Annual vaccination report of Bihar and Orissa - 1911-1928
Year: 1911
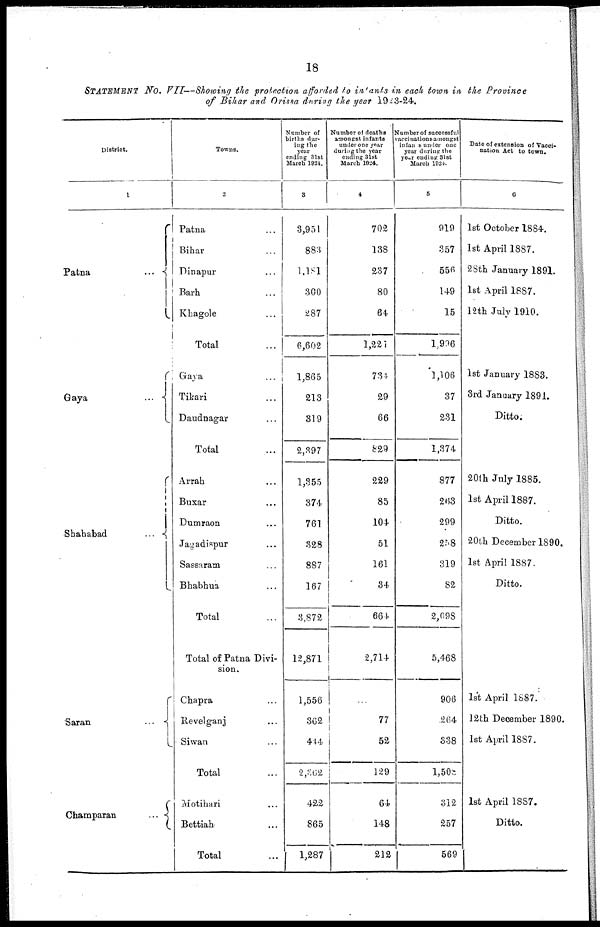
18
STATEMENT NO. VII—Showing the protection afforded to intants in each town in the Province
of Bihar and Orissa during the year 1923-24.
District.
1
Patna ...
Gaya
...
Shahabad
...
Saran ...
Champaran
...
Towns.
2
Patna ...
Bihar ...
Dinapur ...
Barh ...
Khagole ...
Total ...
Gaya ...
Tikari ...
Daudnagar ...
Total ...
Arrah ...
Buxar ...
Dumraon ...
Jagadispur ...
Sassaram ...
Bhabhua ...
Total ...
Total of Patna Divi-
sion.
Chapra ...
Revelganj ...
Siwan ...
Total ...
Motihari ...
Bettiah ...
Total ...
Number of
births dur-
ing the
year
ending 31st
March 1921.
3
3,951
883
1,181
300
287
6,602
1,865
213
319
2,397
1,355
374
761
328
887
167
3,872
12,871
1,556
362
444
2,362
422
865
1,287
Number of deaths
amongst infants
under one year
during the year
ending 31st
March 1924.
4
702
138
237
80
64
1,221
734
29
66
829
229
85
104
51
161
34
664
2,714
...
77
52
129
64
148
212
Number of successful
vaccinations amongst
infants under one
year during the
year ending 31st
March 1924.
5
919
357
556
149
15
1,996
1,106
37
231
1,374
877
263
299
258
319
82
2,098
5,468
906
264
338
l,508
312
257
569
Date of extension of Vacci-
nation Act to town.
6
1st October 1884.
1st April 1887.
28th January 1891.
1st April 1887.
12th July 1910.
1st January 1883.
3rd January 1891.
Ditto.
20th July 1885.
1st April 1887.
Ditto.
20th December 1890.
1st April 1887.
Ditto.
1st April 1887.
12th December 1890.
1st April 1887.
1st April 1887.
Ditto.